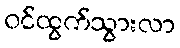
ဝင်ထွက်သွားလာ